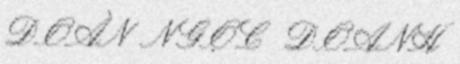
ĐOÀN NGỌC DOANH